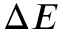
\Delta E